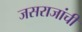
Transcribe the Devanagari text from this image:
जसराजांची